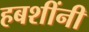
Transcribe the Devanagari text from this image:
हबशींनी